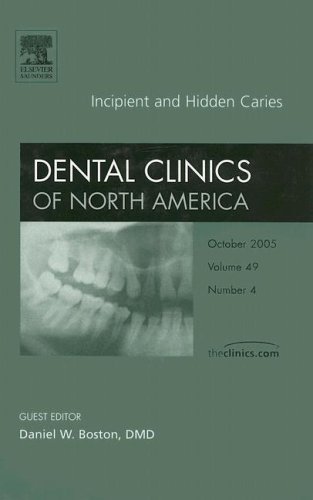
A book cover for Incipient and Hidden Caries, An Issue of Dental Clinics (The Clinics: Dentistry); Daniel W. Boston DMD; Medical Books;